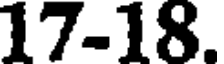
17-18.